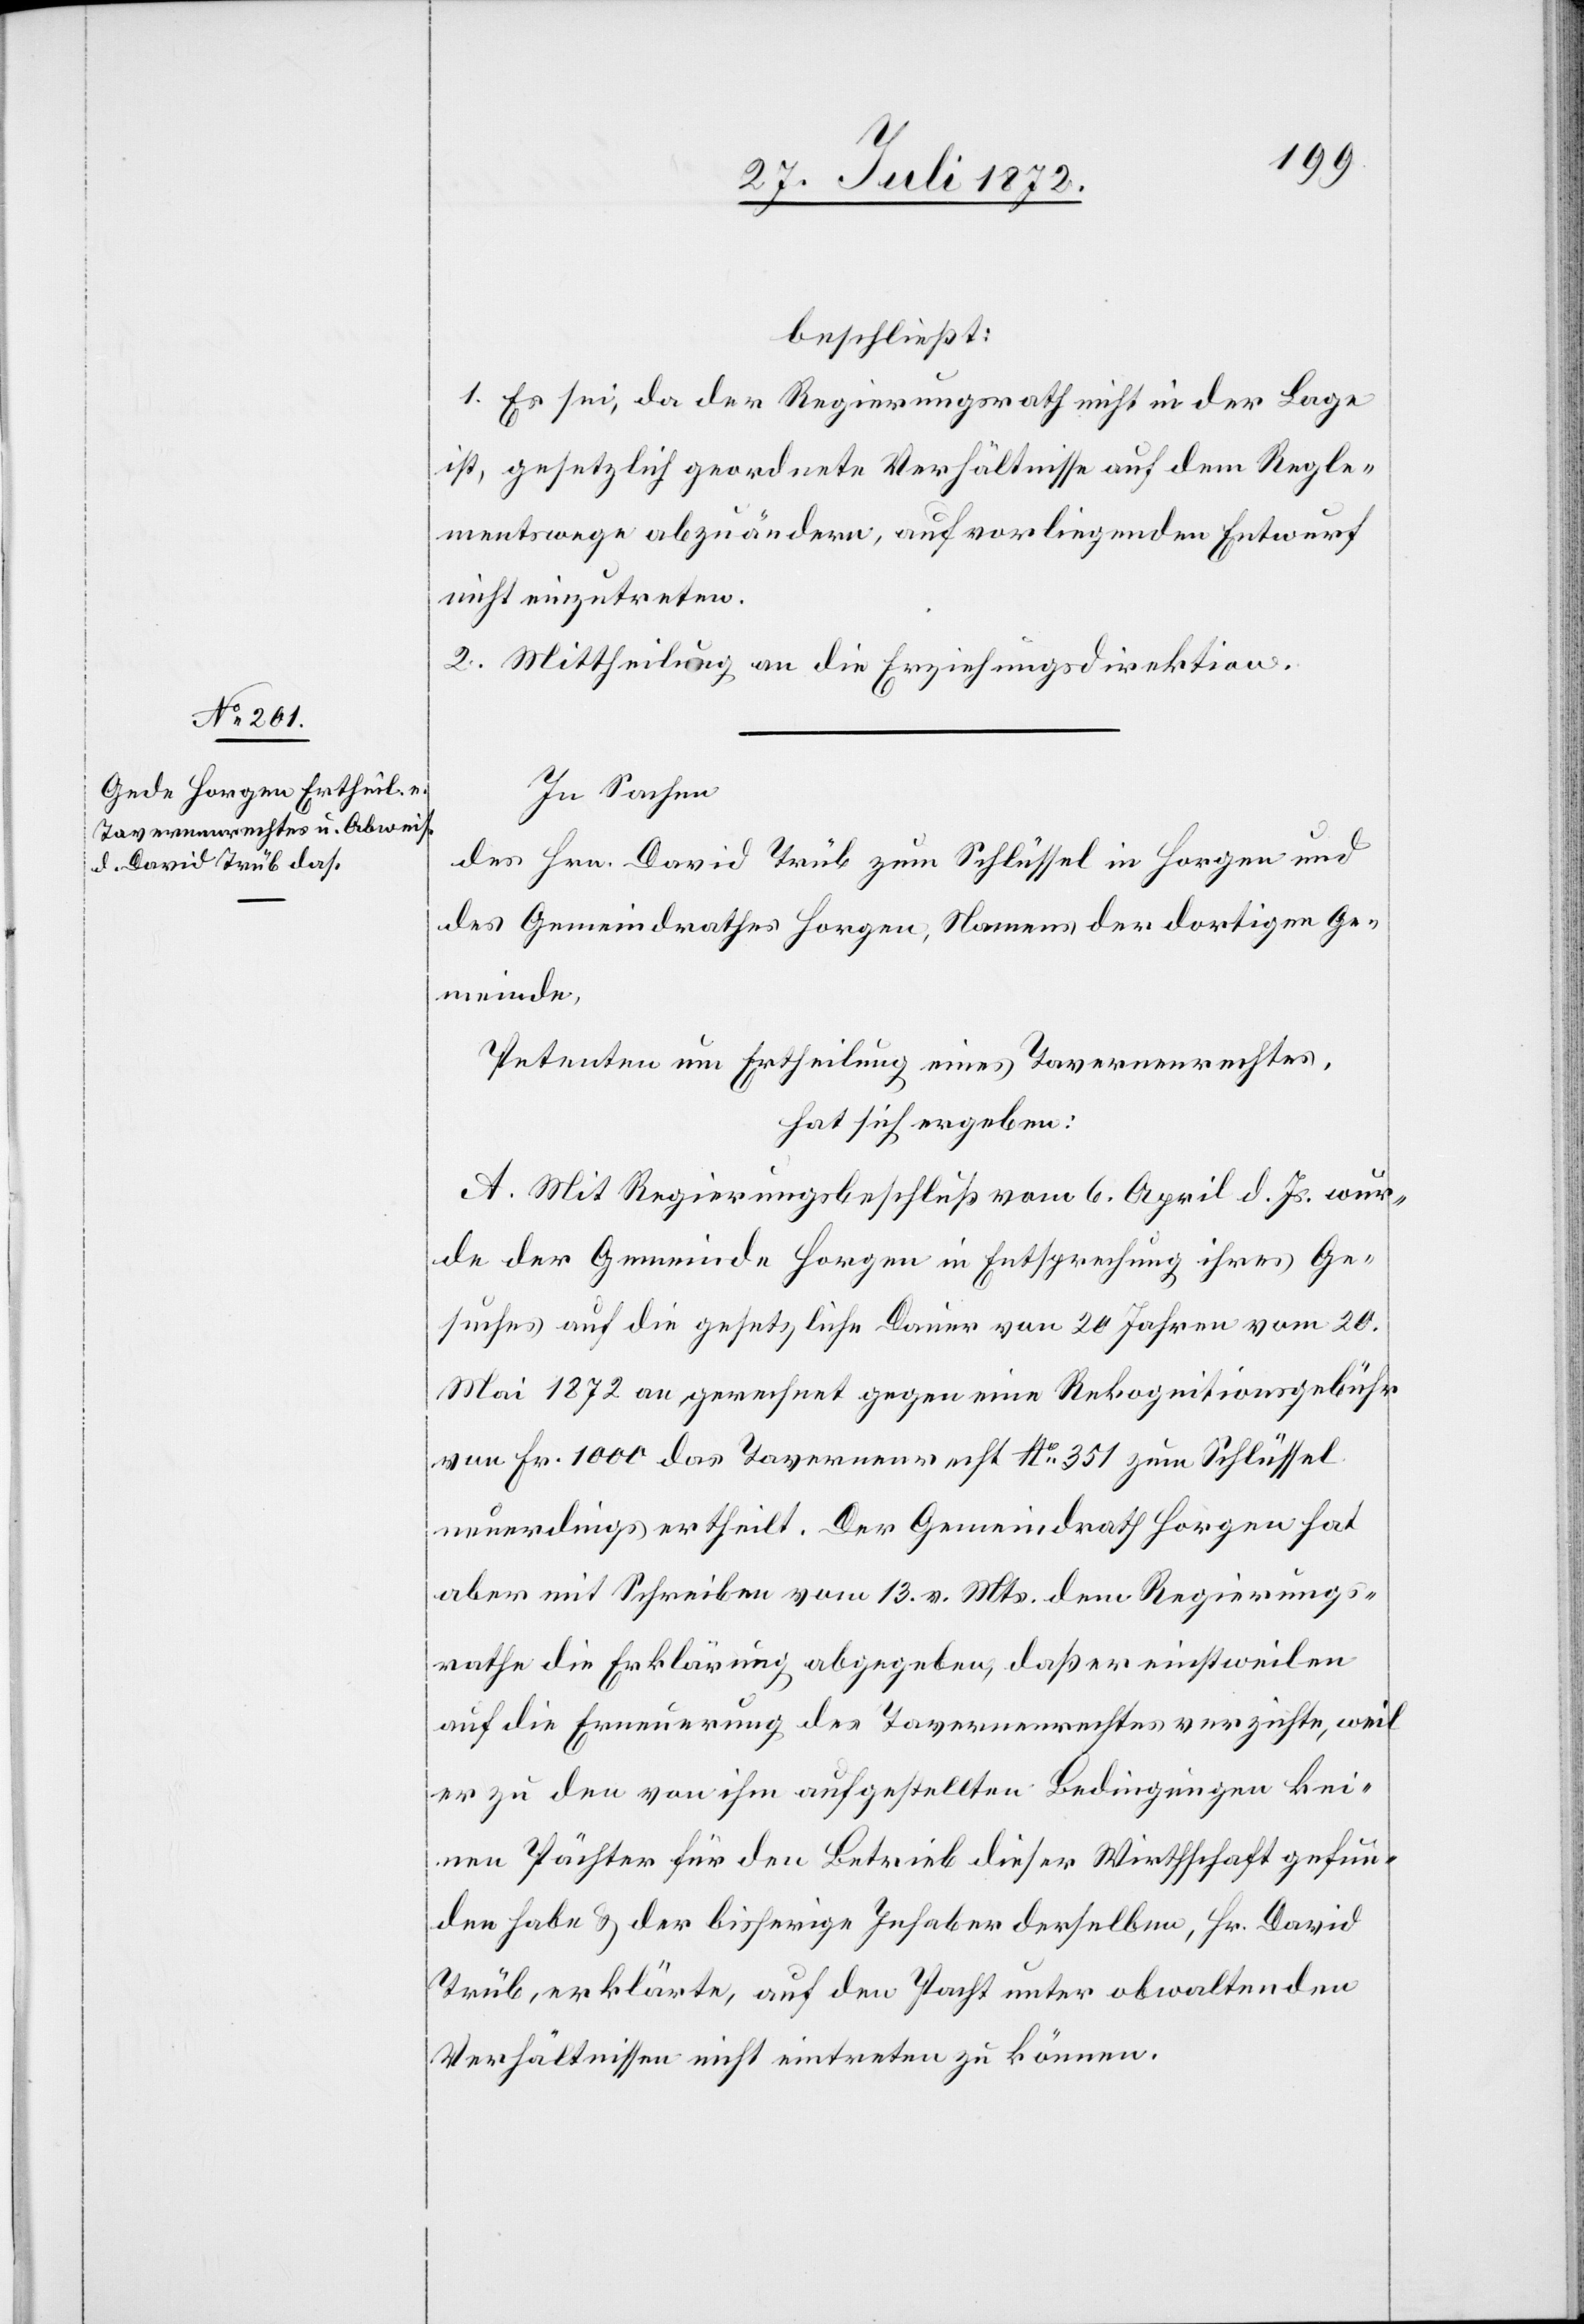
beschließt:
1. Es sei, da der Regierungsrath nicht in der Lage
ist, gesetzlich geordnete Verhältnisse auf dem Regle¬
mentswege abzuändern, auf vorliegenden Entwurf
nicht einzutreten.
2. Mittheilung an die Erziehungsdirektion.
In Sachen
des Hrn. David Trüb zum Schlüssel in Horgen und
des Gemeindrathes Horgen, Namens der dortigen Ge¬
meinde,
Petenten um Ertheilung eines Tavernenrechtes,
hat sich ergeben:
A. Mit Regierungsbeschluß vom 6. April d. Js. wur¬
de der Gemeinde Horgen in Entsprechung ihres Ge¬
suches auf die gesetzliche Dauer von 20 Jahren vom 20.
Mai 1872 an gerechnet gegen eine Rekognitionsgebühr
von Fr. 1000 das Tavernenrecht No 351 zum Schlüssel
neuerdings ertheilt. Der Gemeindrath Horgen hat
aber mit Schreiben vom 13. v. Mts. dem Regierungs¬
rathe die Erklärung abgegeben, daß er einstweilen
auf die Erneuerung des Tavernenrechtes verzichte, weil
er zu den von ihm aufgestellten Bedingungen kei¬
nen Pächter für den Betrieb dieser Wirthschaft gefun¬
den habe u. der bisherige Inhaber derselben, Hr. David
Trüb, erklärte, auf den Pacht unter obwaltenden
Verhältnissen nicht eintreten zu können.